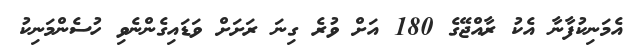
އެމަނިކުފާނާ އެކު ރާއްޖޭގެ 180 އަށް ވުރެ ގިނަ ރަށަށް ވަޑައިގެންނެވި ހުސެންމަނިކު